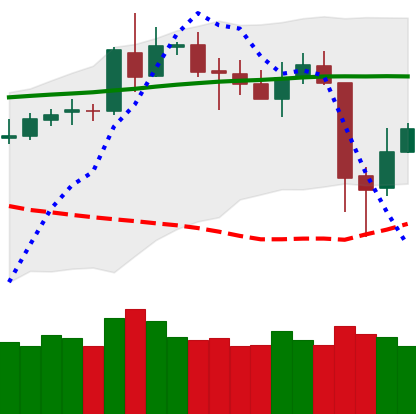
Ticker: BNB-USD
Chart end date: 2020-05-13
Forward return: 3.082%
Label: up_3_5